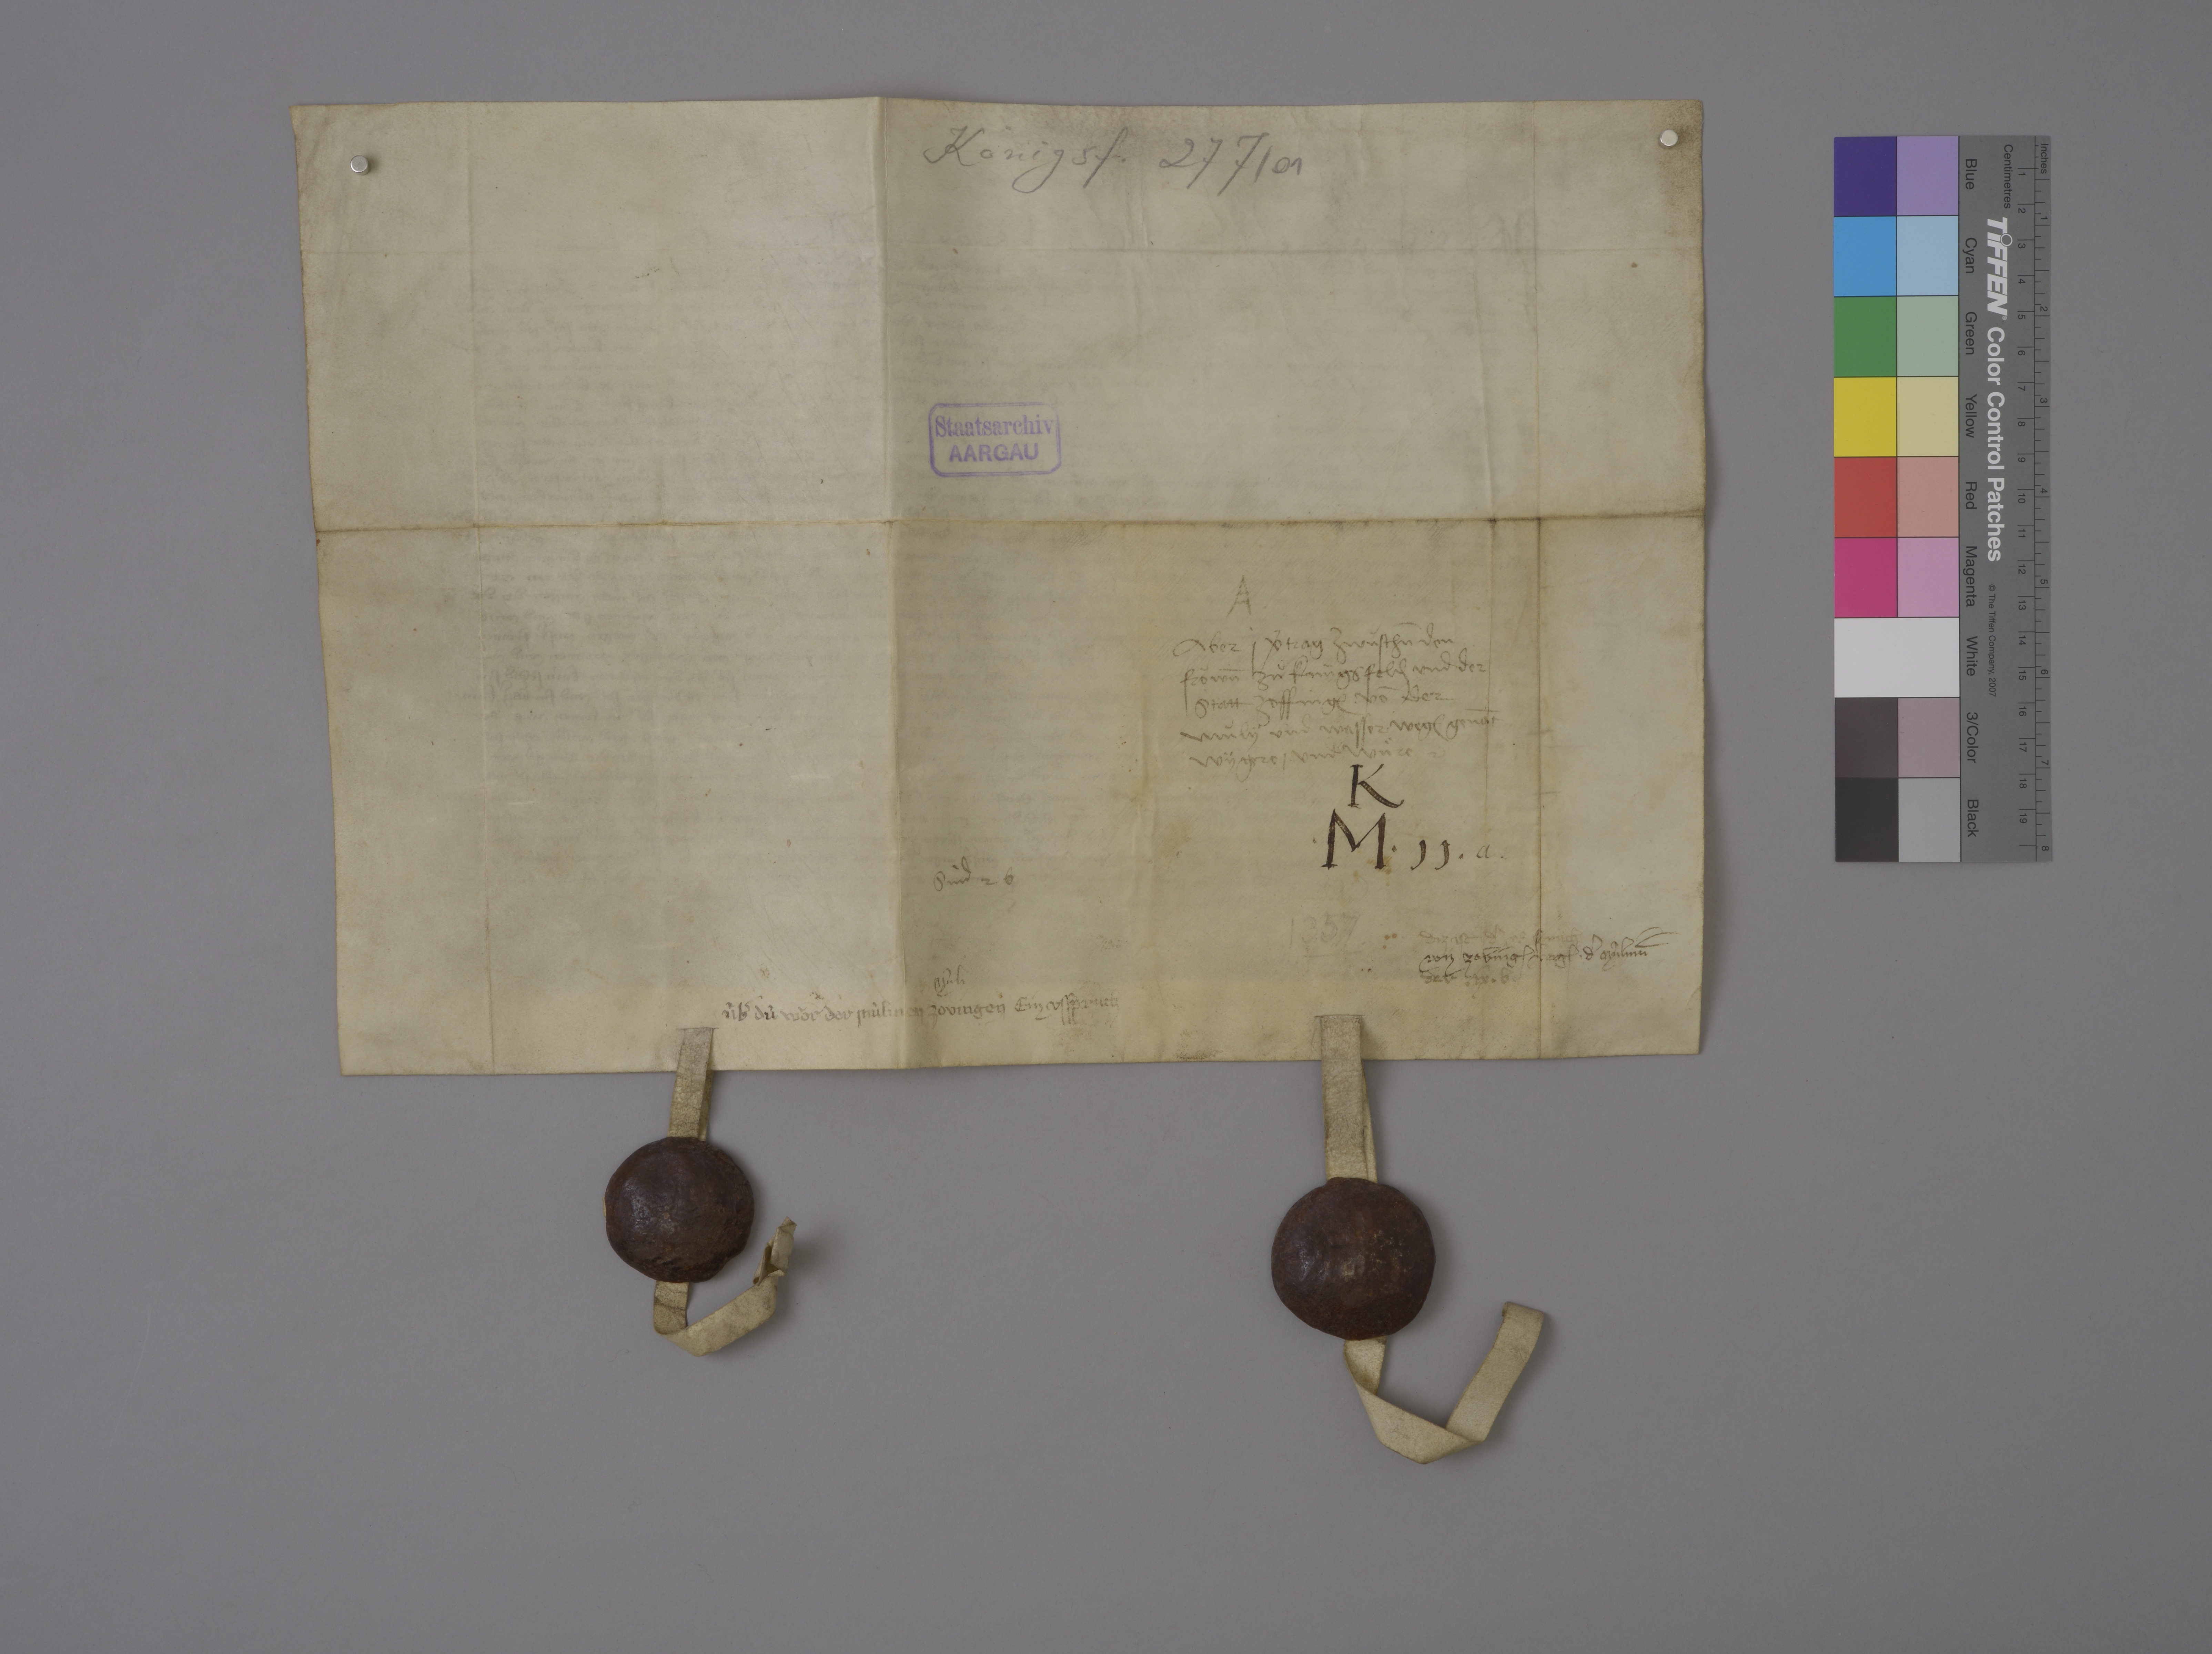
Transcription:
Königsf. 277 / 01

Staatsarchiv
AARGAU

✳

aber i vˀtrag zwùschn̄ den
fròwn̄ zuͦ Kùngsfeld₎ und der
statt Zoffing₎ vō der
mùly und wasser weg₎ genāt
Wygere ✳ und wuͤre

K
✳ M ✳ 11 ✳ a .

1357 .

diz ist dˀ us spruch

von Zoving₎ weg₎ ✳ dˀ mùlinē

der ✳ ix ✳ b ✳

sind 2 b

mùli

ùbˀ dù wòrder mùlinen Zovingen

ein usspruch